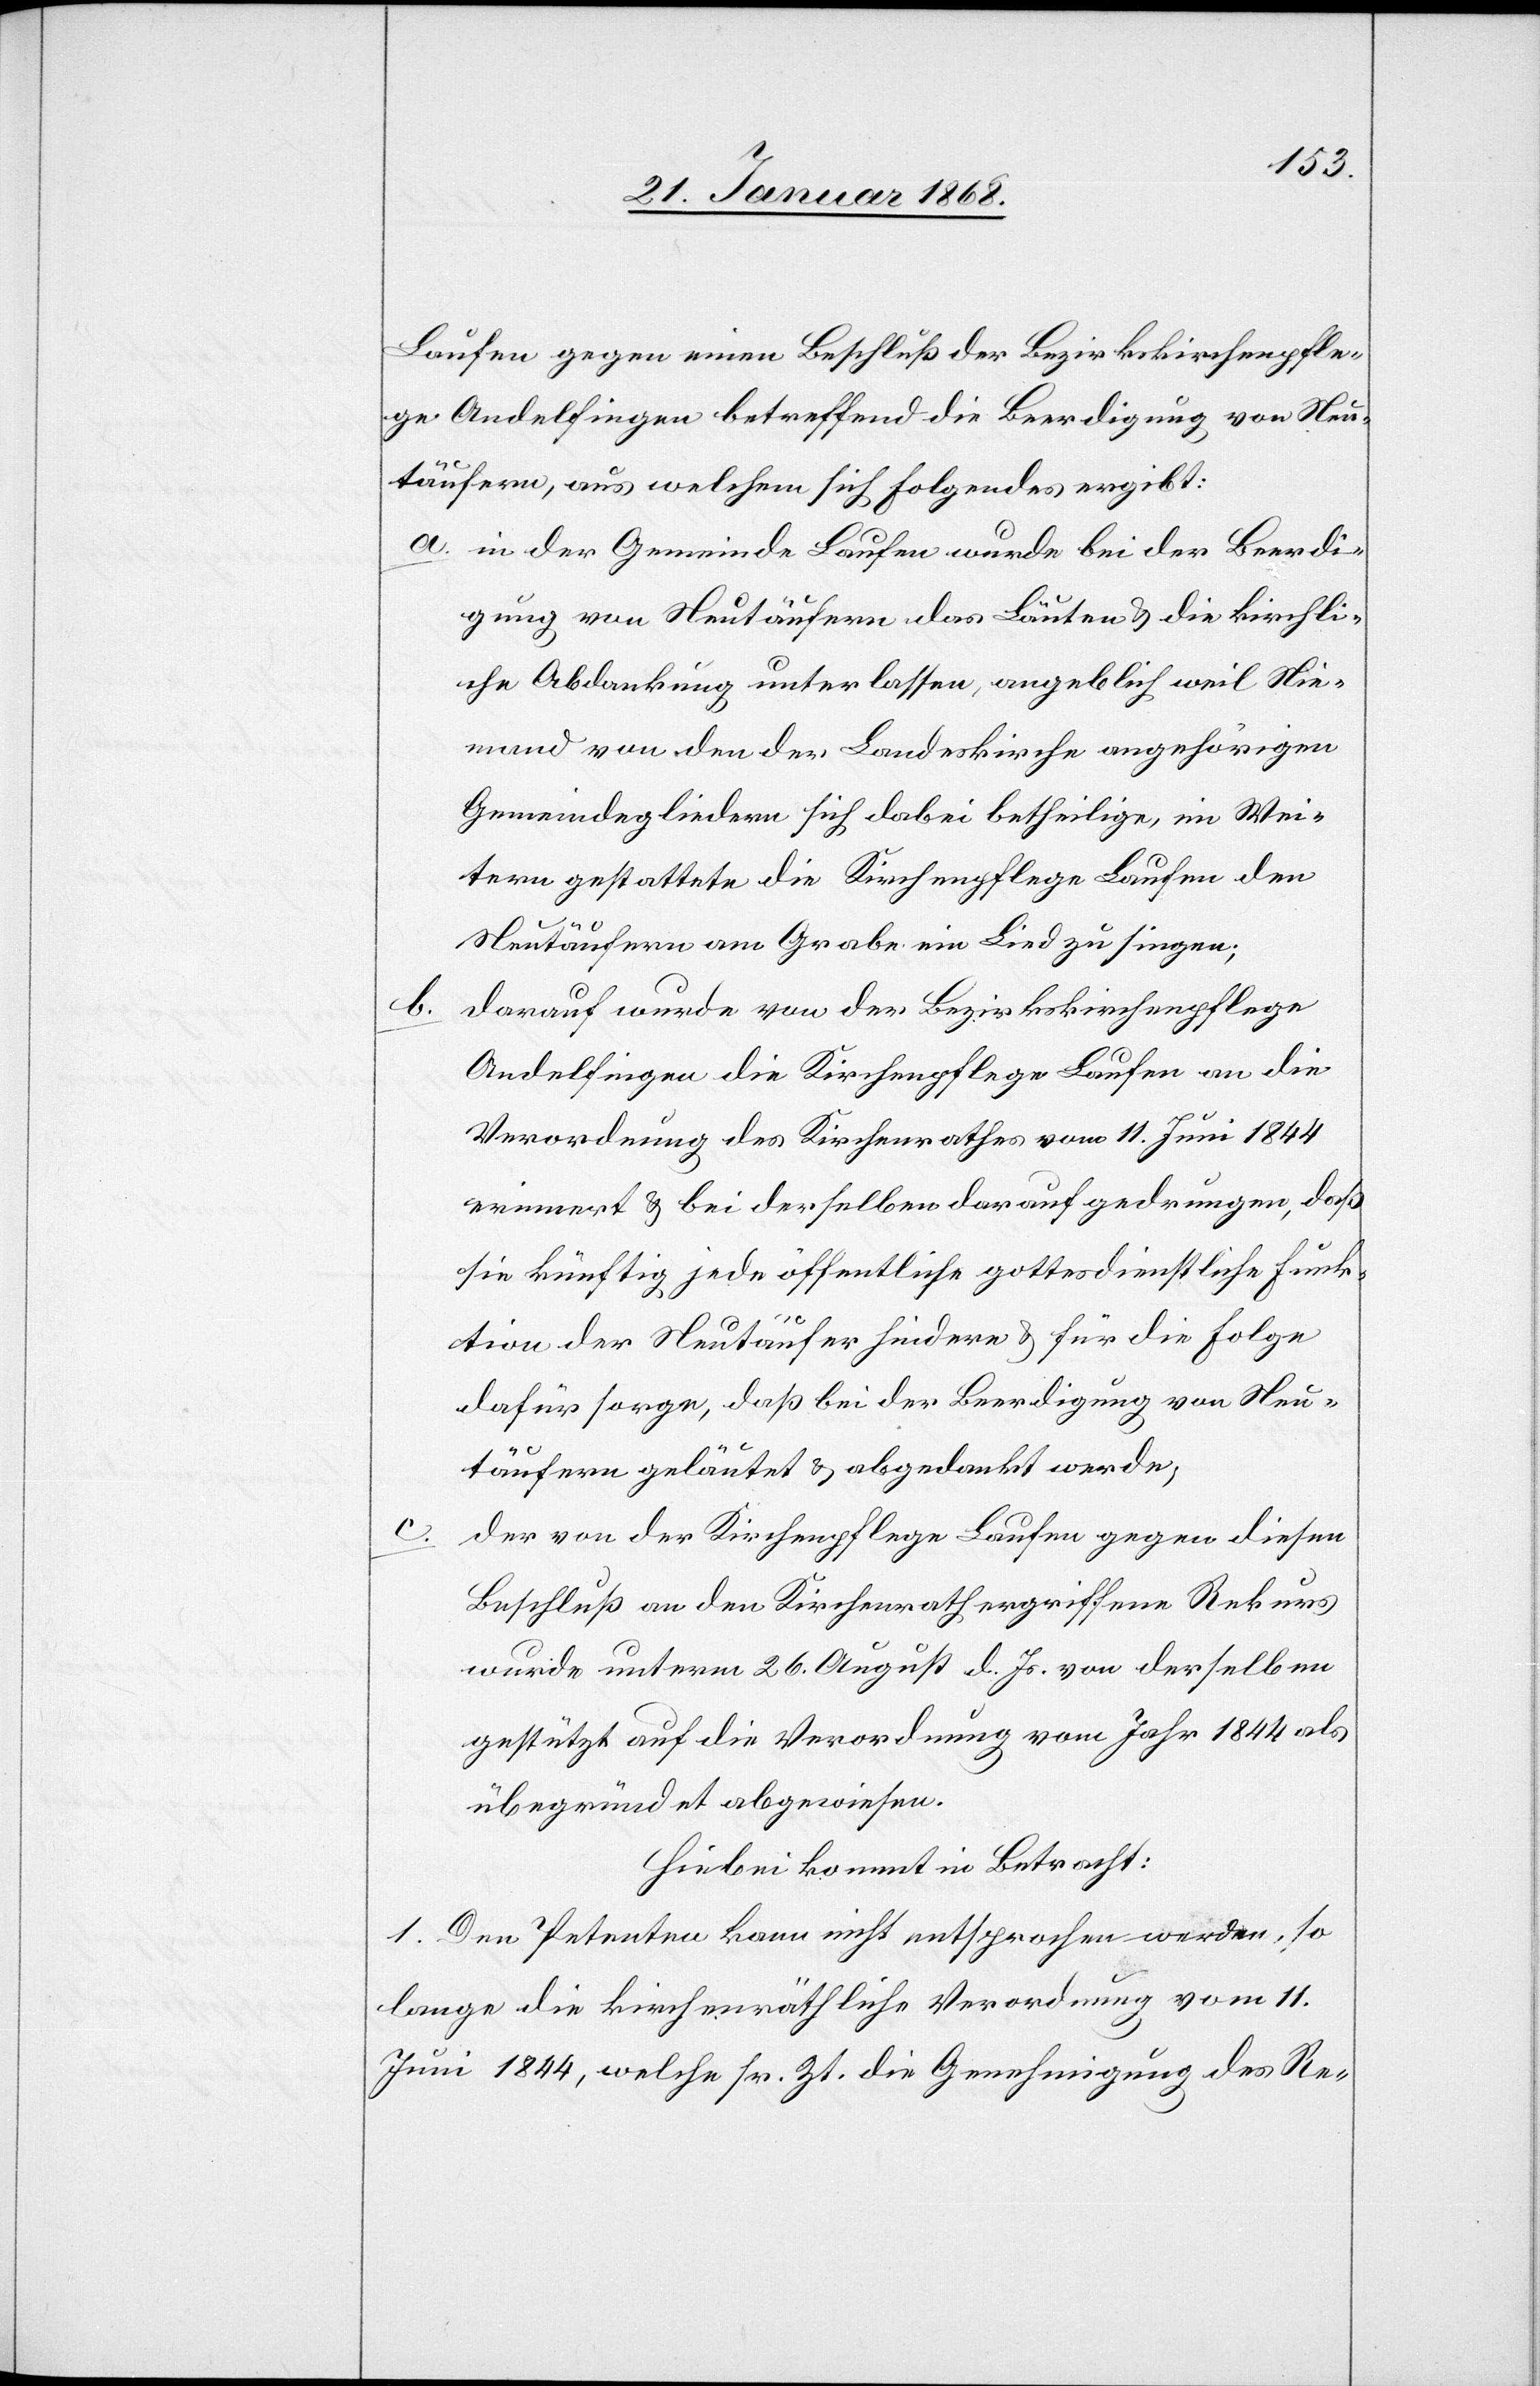
b.

Laufen gegen einen Beschluß der Bezirkskirchenpfle¬
ge Andelfingen betreffend die Beerdigung von Neu¬
c.
täufern, aus welchem sich Folgendes ergibt:
in der Gemeinde Laufen wurde bei der Beerdi¬
gung von Neutäufern das Läuten & die kirchli¬
che Abdankung unterlassen, angeblich weil Nie¬
mand von den der Landeskirche angehörigen
Gemeindegliedern sich dabei betheilige, im Wei¬
tern gestattete die Kirchenpflege Laufen den
Neutäufern am Grabe ein Lied zu singen;
darauf wurde von der Bezirkskirchenpflege
Andelfingen die Kirchenpflege Laufen an die
Verordnung des Kirchenrathes vom 11. Juni 1844
erinnert & bei derselben darauf gedrungen, daß
sie künftig jede öffentliche gottesdienstliche Funk¬
tion der Neutäufer hindere & für die Folge
dafür sorge, daß bei der Beerdigung von Neu¬
täufern geläutet & abgedankt werde;
der von der Kirchenpflege Laufen gegen diesen
Beschluß an den Kirchenrath ergriffene Rekurs
wurde unterm 26. August d. Js. von derselben
gestützt auf die Verordnung vom Jahr 1844 als
unbegründet] abgewiesen.
Hiebei kommt in Betracht:
1. Den Petenten kann nicht entsprochen werden, so
lange die kirchenräthliche Verordnung vom 11.
Juni 1844, welche sr. Zt. die Genehmigung des Re-